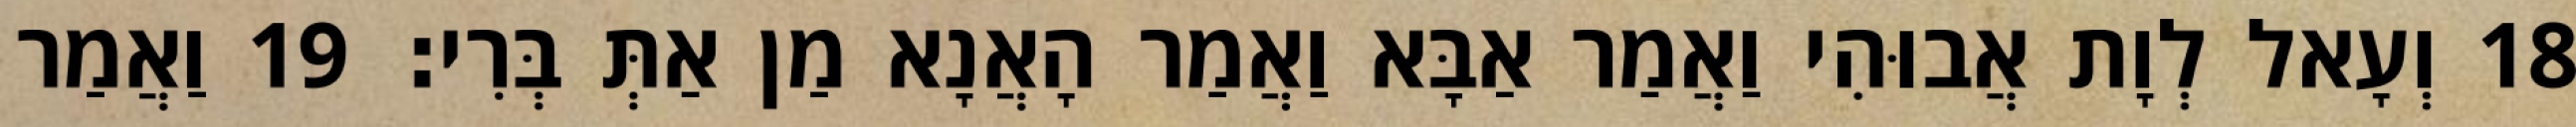
18 וְעָאל לְוָת אֲבוּהִי וַאֲמַר אַבָּא וַאֲמַר הָאֲנָא מַן אַתְּ בְּרִי׃ 19 וַאֲמַר